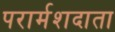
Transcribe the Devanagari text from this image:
परार्मशदाता